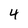
Character: 4